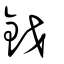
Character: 鉞